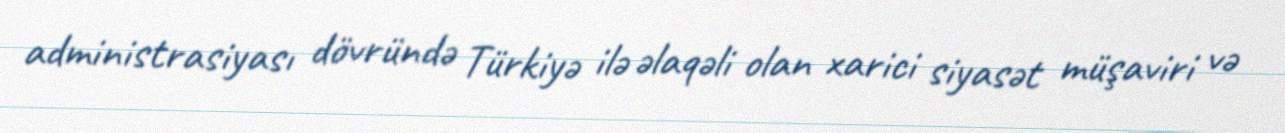
administrasiyası dövründə Türkiyə ilə əlaqəli olan xarici siyasət müşaviri və